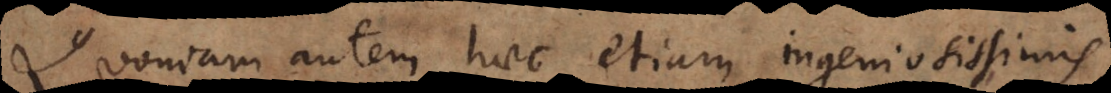
Quoniam autem haec etiam ingeniosissimis